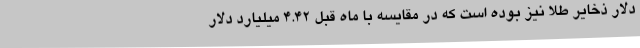
دلار ذخایر طلا نیز بوده است که در مقایسه با ماه قبل 4.42 میلیارد دلار